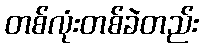
တစ်လုံးတစ်ခဲတည်း